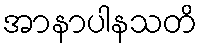
အာနာပါနသတိ